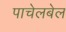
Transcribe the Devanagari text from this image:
पाचेलबेल